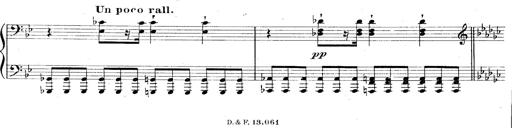
Title: La Marseillaise
Composer: Franz Liszt
Key: B-flat major